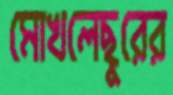
মোখলেছুরের